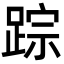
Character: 踪